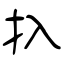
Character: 扖